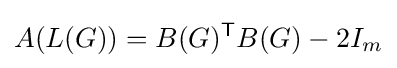
A(L(G))=B(G)^{\textsf {T}}B(G)-2I_{m}